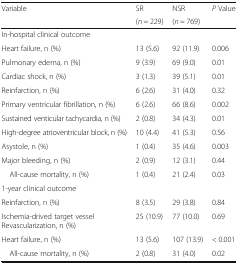
<table><thead><tr><td rowspan="2"><b>Variable</b></td><td><b>SR</b></td><td><b>NSR</b></td><td><b><i>P</i> Value</b></td></tr><tr><td><b>(<i>n</i> = 229)</b></td><td><b>(<i>n</i> = 769)</b></td><td></td></tr></thead><tbody><tr><td colspan="4">In-hospital clinical outcome</td></tr><tr><td>Heart failure, n (%)</td><td>13 (5.6)</td><td>92 (11.9)</td><td>0.006</td></tr><tr><td>Pulmonary edema, n (%)</td><td>9 (3.9)</td><td>69 (9.0)</td><td>0.01</td></tr><tr><td>Cardiac shock, n (%)</td><td>3 (1.3)</td><td>39 (5.1)</td><td>0.01</td></tr><tr><td>Reinfarction, n (%)</td><td>6 (2.6)</td><td>31 (4.0)</td><td>0.32</td></tr><tr><td>Primary ventricular fibrillation, n (%)</td><td>6 (2.6)</td><td>66 (8.6)</td><td>0.002</td></tr><tr><td>Sustained venticular tachycardia, n (%)</td><td>2 (0.8)</td><td>34 (4.3)</td><td>0.01</td></tr><tr><td>High-degree atrioventricular block, n (%)</td><td>10 (4.4)</td><td>41 (5.3)</td><td>0.56</td></tr><tr><td>Asystole, n (%)</td><td>1 (0.4)</td><td>35 (4.6)</td><td>0.003</td></tr><tr><td>Major bleeding, n (%)</td><td>2 (0.9)</td><td>12 (3.1)</td><td>0.44</td></tr><tr><td> All-cause mortality, n (%)</td><td>1 (0.4)</td><td>21 (2.4)</td><td>0.03</td></tr><tr><td colspan="4">1-year clinical outcome</td></tr><tr><td>Reinfarction, n (%)</td><td>8 (3.5)</td><td>29 (3.8)</td><td>0.84</td></tr><tr><td>Ischemia-drived target vessel Revascularization, n (%)</td><td>25 (10.9)</td><td>77 (10.0)</td><td>0.69</td></tr><tr><td>Heart failure, n (%)</td><td>13 (5.6)</td><td>107 (13.9)</td><td>&lt; 0.001</td></tr><tr><td> All-cause mortality, n (%)</td><td>2 (0.8)</td><td>31 (4.0)</td><td>0.02</td></tr></tbody></table>